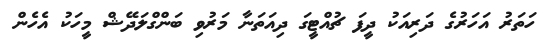
ހަތަރު އަހަރުގެ ދަރިއަކު ދީފަ ޗުއްޓީގަ ދިއަތަނާ މަރުވި ބަންގްލަދޭޝް މީހަކު އެހެން